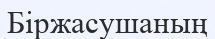
Біржасушаның